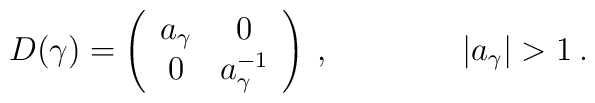
D(\gamma)=\left(\begin{array}{cc}a_{\gamma}&0\\0&a_{\gamma}^{-1} \end{array}\right) \:,\qquad\qquad|a_{\gamma}|>1 \:.